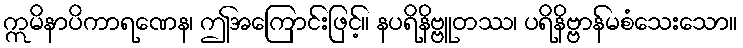
ဣမိနာပိကာရဏေန၊ ဤအကြောင်းဖြင့်။ နပရိနိဗ္ဗူတဿ၊ ပရိနိဗ္ဗာန်မစံသေးသော။